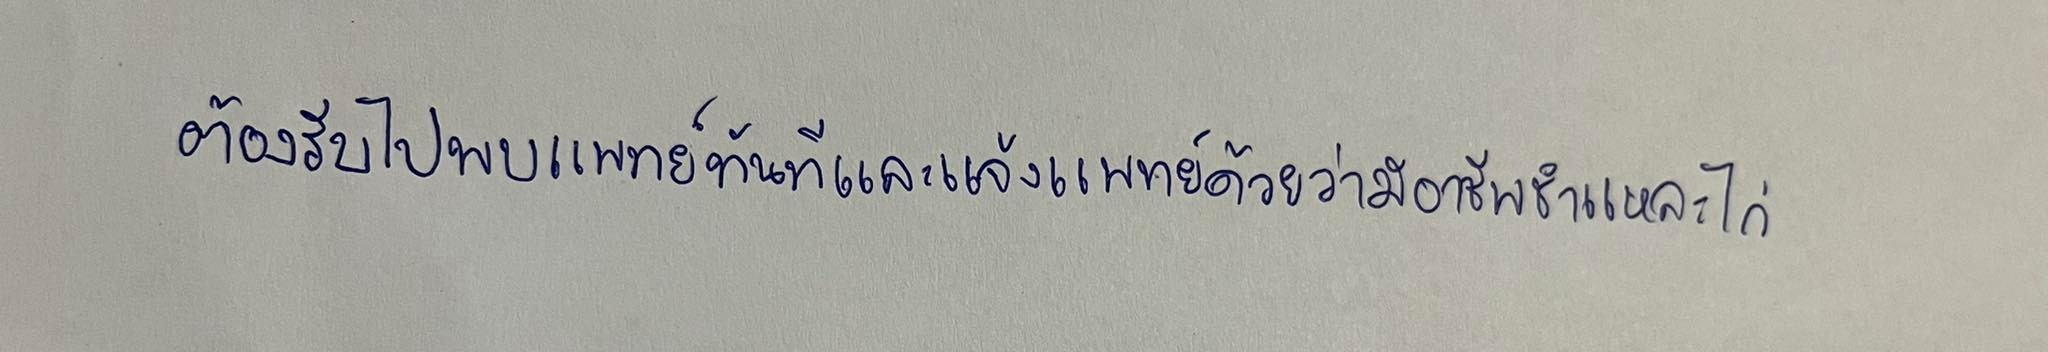
ต้องรีบไปพบแพทย์ทันทีและแจ้งแพทย์ด้วยว่ามีอาชีพชำแหละไก่